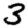
Digit: 3